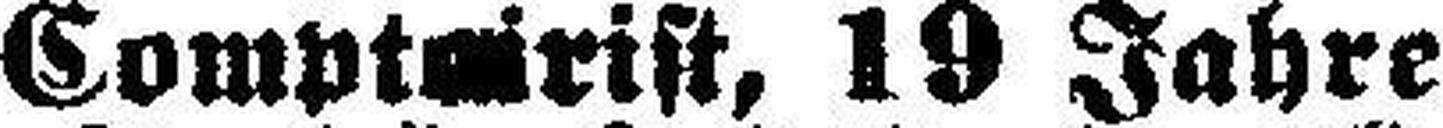
Comptoirist, 19 Jahre